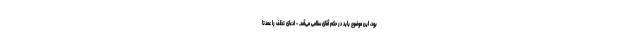
بود، این موضوع باید در حکم آقای سلامی می‌آمد. - ادعای تخلف را عمدتا